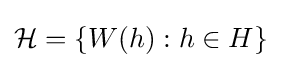
{\mathcal {H}}=\{W(h):h\in H\}